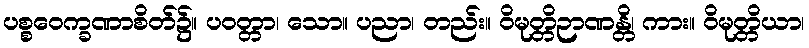
ပစ္စဝေက္ခဏာစိတ်၌။ ပဝတ္တာ၊ သော။ ပညာ၊ တည်း။ ဝိမုတ္တိဉာဏန္တိ၊ ကား။ ဝိမုတ္တိယာ၊